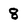
Character: 8